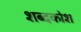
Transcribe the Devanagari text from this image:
शब्‍दकोश